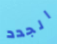
الجدد